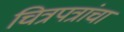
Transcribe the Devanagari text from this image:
चित्रपत्रांचा